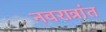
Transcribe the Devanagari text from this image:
नवरात्रांत